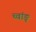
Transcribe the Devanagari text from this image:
च्वांङ्